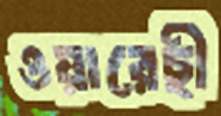
ওয়ারেছী